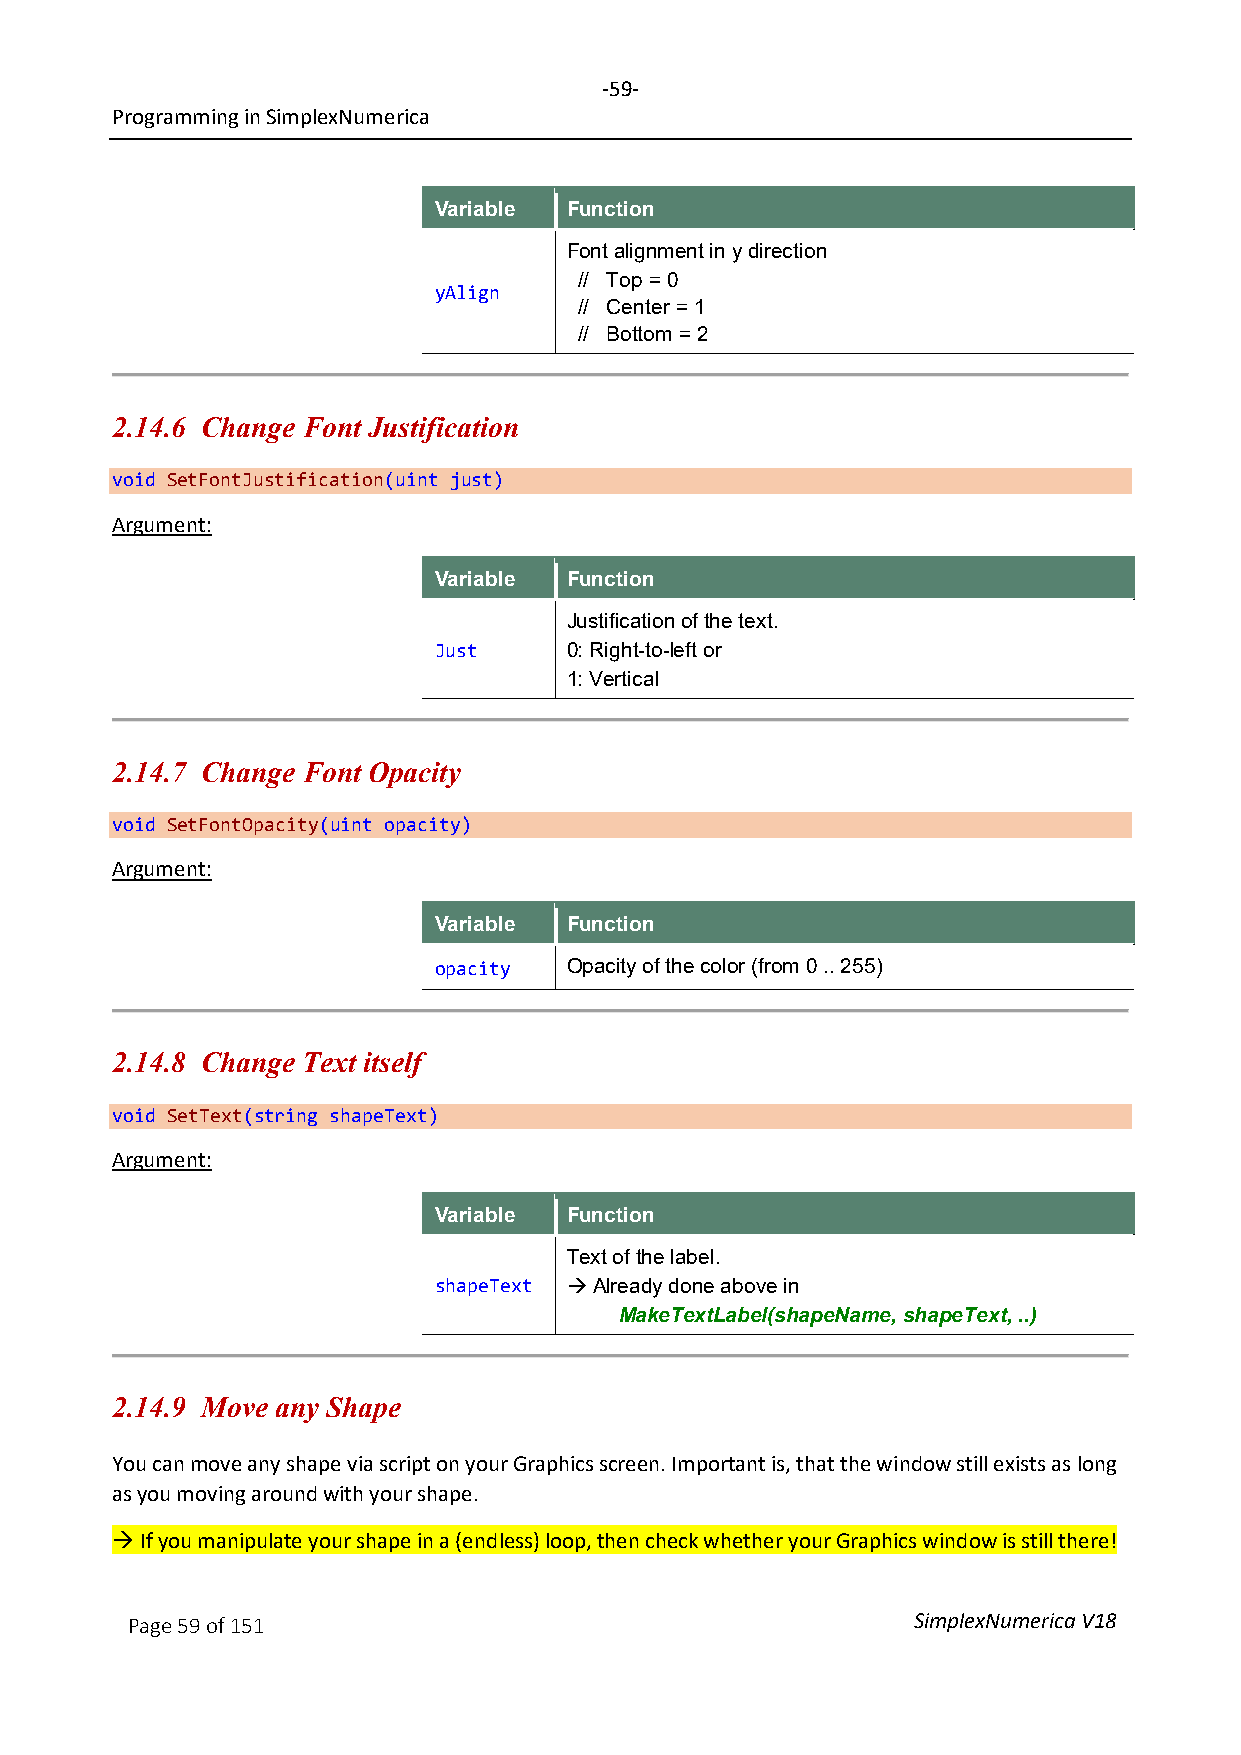
-59-
 Programming in SimplexNumerica
 Variable Function
 Font alignment in y direction
 // Top = 0
 yAlign
 // Center = 1
 // Bottom = 2
 2.14.6 Change Font Justification
 void SetFontJustification(uint just)
 Argument:
 Variable Function
 Justification of the text.
 Just     0: Right-to-left or
 1: Vertical
 2.14.7 Change Font Opacity
 void SetFontOpacity(uint opacity)
 Argument:
 Variable Function
 opacity  Opacity of the color (from 0 .. 255)
 2.14.8 Change Text itself
 void SetText(string shapeText)
 Argument:
 Variable Function
 Text of the label.
 shapeText  Already done above in
 MakeTextLabel(shapeName, shapeText, ..)
 2.14.9 Move any Shape
 You can move any shape via script on your Graphics screen. Important is, that the window still exists as long
 as you moving around with your shape.
  If you manipulate your shape in a (endless) loop, then check whether your Graphics window is still there!
 Page 59 of 151                                      SimplexNumerica V18